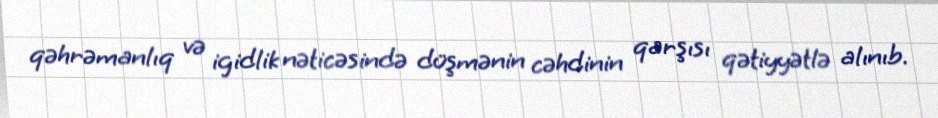
qəhrəmanlıq və igidlik nəticəsində düşmənin cəhdinin qarşısı qətiyyətlə alınıb.